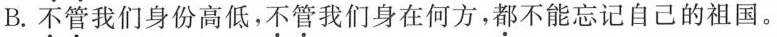
B.不管我们身份高低，不管我们身在何方，都不能忘记自己的祖国。